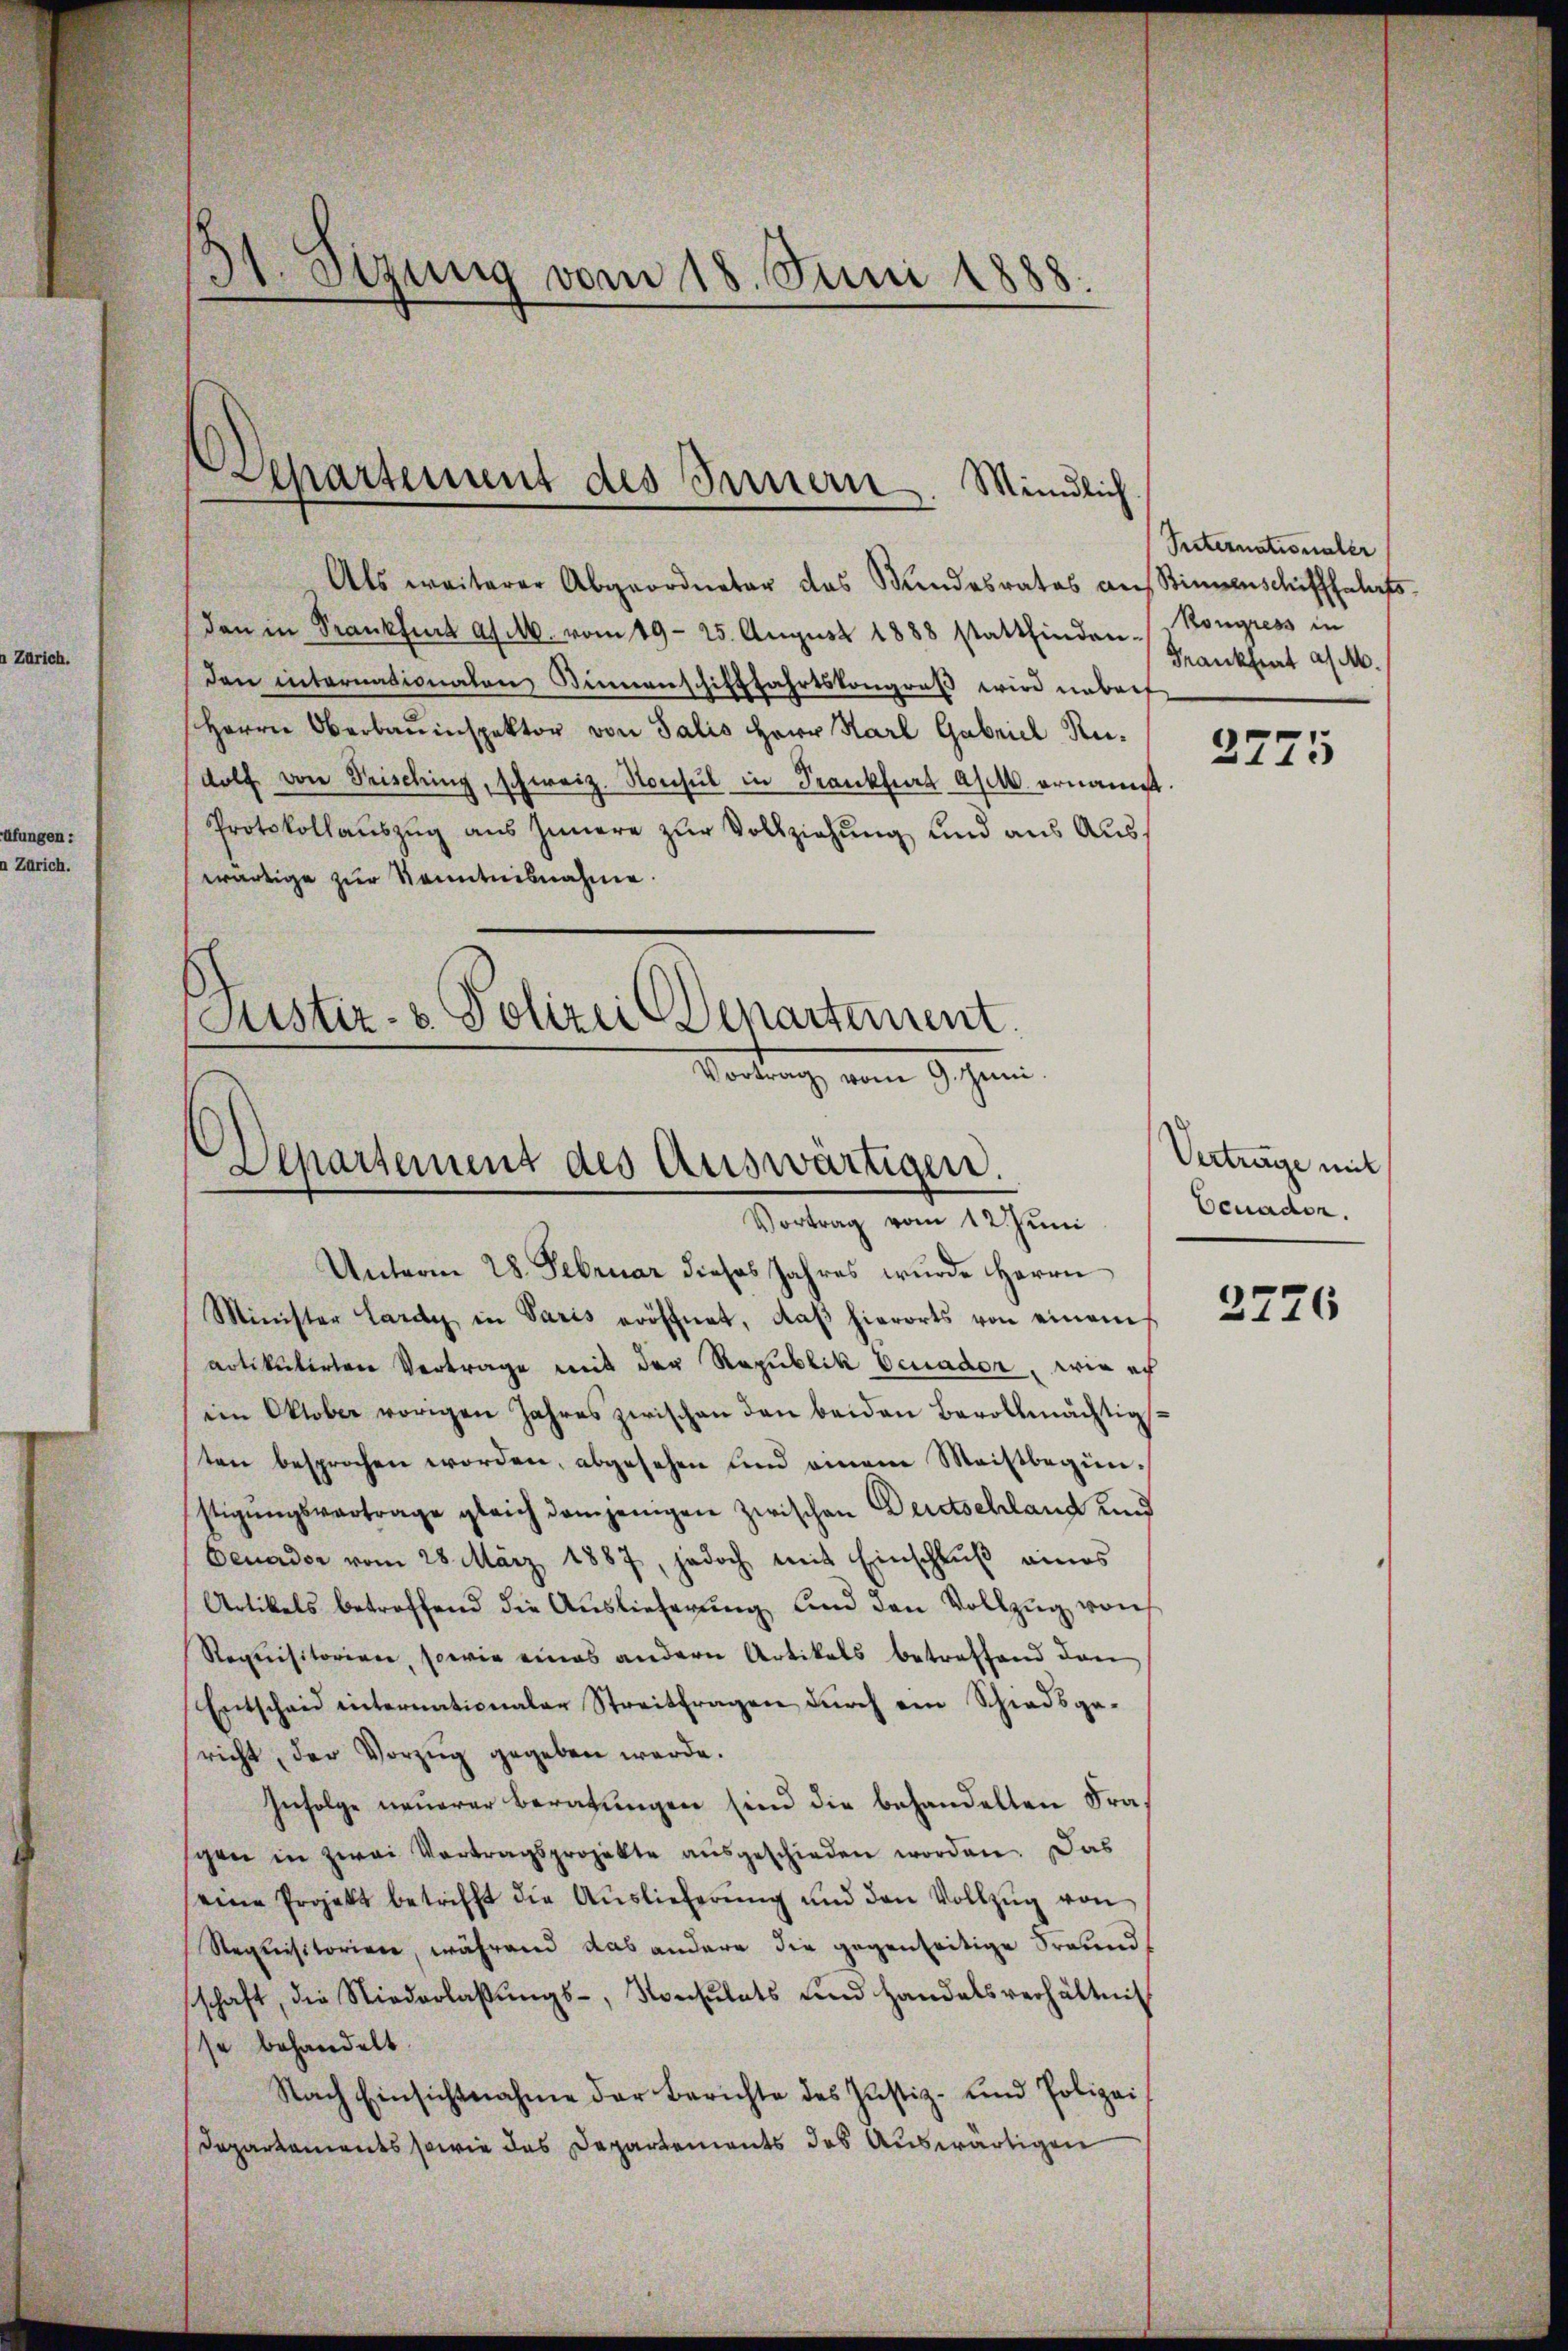
Zürich.

31 Sizung vom 18. Juni 1888.
¬

Departement des Innern. Mündlich

Als weiterer Abgeordneter des Mandesrates aus Stimmenschiffsalats.
dan in Krankfurt afel. vom 19. 25. August 1888 stattfinden. Kongress in
den internationalen Binnenschifffahrtskongruß wird unbef
Herrn Oberbauinspektor von Salis Herr Karl Gabriel Rudolf von Frisching, schweiz. Konsul in Frankfurt asel ernannt.
Protokollaŭszŭg aŭs Innere zŭr Vollziehung und aus Auswärtige zur Kenntnisnahme.
Justiz- & Polizei Departement.

Vortrag von Schemni
Departement des Auswärtigen.
Vortrag vom 12. Juni

Unterm 28. Februar dieses Jahres wurde Herrn
Minister Lardy in Paris eröffnet, daβ hierorts von einem
artikulirten Vertrage mit der Republik Veuador, wie ich
ein Oktober vorigen Jahres zwischen den beiden Bevollmächtig-
sten besprochen worden, abgesehen und einem Meistbegünstigungsvertrage gleich demjenigen zwischen Beetschland und
Benader vom 28. März 1887, jedoch mit Einschlŭβ eines
Artikels betreffend die Auslieferung und den Vollzug von
Requisitorien, sowie eines andern Artikals betreffend dan
Entscheid internationaler Streitfragen durch ein Schiedsgericht der Vorzug gegeben werde.
Infolge neuerer Beratungen sind die behandelten Fraschon in zwei Vertragsprojekte aŭsgeschieden worden. Das
eine Projekt betrifft die Aŭslieferŭng und den Vollzŭg von
Requisitorien, während das andere die gegenseitige Freund
schaft, die Niederlaβŭngs-, Konsulats und Handelsverhältnis
se behandelt.
Nach Einsichtnahme der Berichte des Justiz- und Polizei
Departements sowie des Departements des Auswärtigen

Peternationaler
Frankheit a M.

2775

Vertrage mit
Ecnaden.

2726